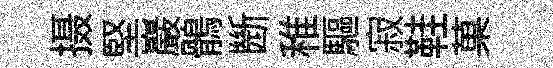
摄堅巖鶻㫁稚驅寂鞋菓